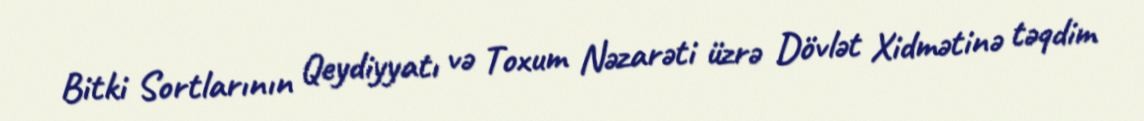
Bitki Sortlarının Qeydiyyatı və Toxum Nəzarəti üzrə Dövlət Xidmətinə təqdim